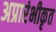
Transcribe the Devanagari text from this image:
अप्रारंभीकृत